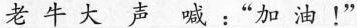
老 牛 大 声 喊 ：” 加 油 ！”